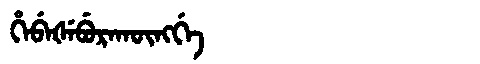
Manchu: ᡥᡝᠪᡝᡧᡝᠪᡠᡵᠠᡴᡡᠩᡤᡝ
Romanization: HEBEŠEBURAKŪNGGE